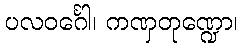
ပလဝင်္ဂေါ၊ ကဏှတုဏ္ဍော၊